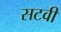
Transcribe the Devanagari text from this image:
सटवी